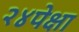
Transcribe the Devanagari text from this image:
२४पेक्षा